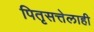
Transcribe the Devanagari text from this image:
पितृसत्तेलाही